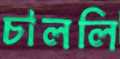
চাললি